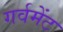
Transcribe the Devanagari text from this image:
गर्वमेंट